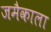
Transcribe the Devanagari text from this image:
जमैकाला